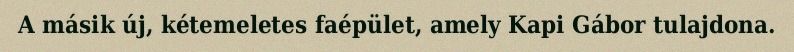
A másik új, kétemeletes faépület, amely Kapi Gábor tulajdona.